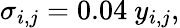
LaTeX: \sigma_{i,j}=0.04\ y_{i,j},